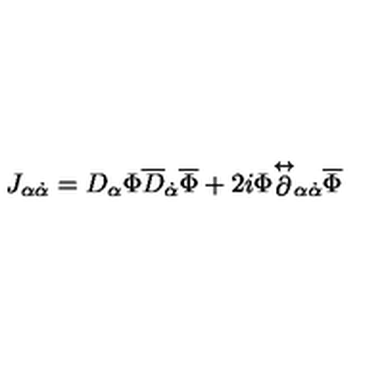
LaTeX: J _ { \alpha \dot { \alpha } } = D _ { \alpha } \Phi \overline { { D } } _ { \dot { \alpha } } \overline { { \Phi } } + 2 i \Phi { \stackrel { \leftrightarrow } { \partial } } _ { \alpha \dot { \alpha } } \overline { { \Phi } }